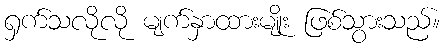
ရှက်သလိုလို မျက်နှာထားမျိုး ဖြစ်သွားသည်။